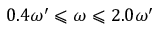
0 . 4 \omega ^ { \prime } \leqslant \omega \leqslant 2 . 0 \omega ^ { \prime }